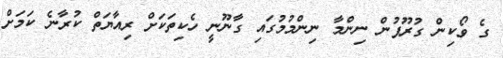
ގެ ވޯކިން ގުރޫޕުން ނިންމާ ނިންމުމުގައި ގާނޫނީ ހެކިތަކަށް ރިއާޔަތް ކުރާނެ ކަމަށް